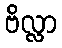
ဗိလ္လာ